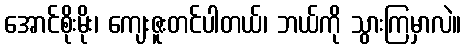
အောင်စိုးမိုး၊ ကျေးဇူးတင်ပါတယ်၊ ဘယ်ကို သွားကြမှာလဲ။